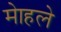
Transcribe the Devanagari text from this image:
माेहले